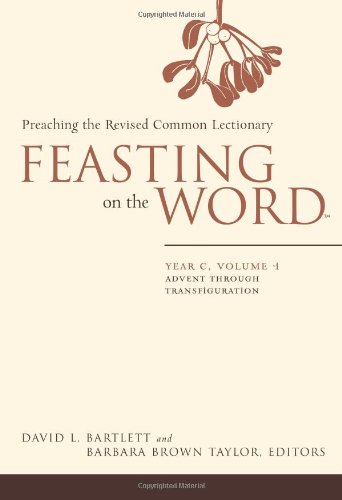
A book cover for Feasting on the Word: Year C, Vol. 1: Advent through Transfiguration; David L. Bartlett; Christian Books & Bibles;